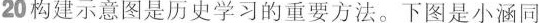
20 构建示意图是历史学习的重要方法。下图是小涵同